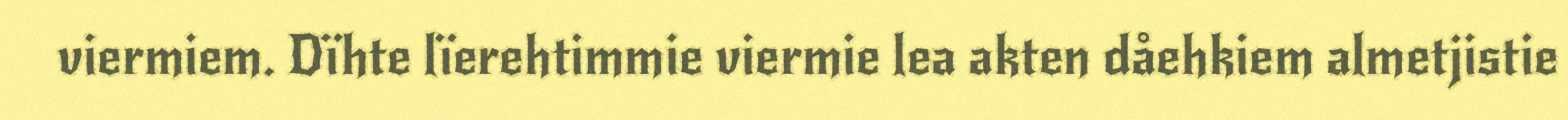
viermiem. Dïhte lïerehtimmie viermie lea akten dåehkiem almetjistie